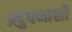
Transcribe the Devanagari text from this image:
प्रदुषणांशी